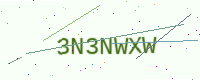
Text: 3N3NWXW